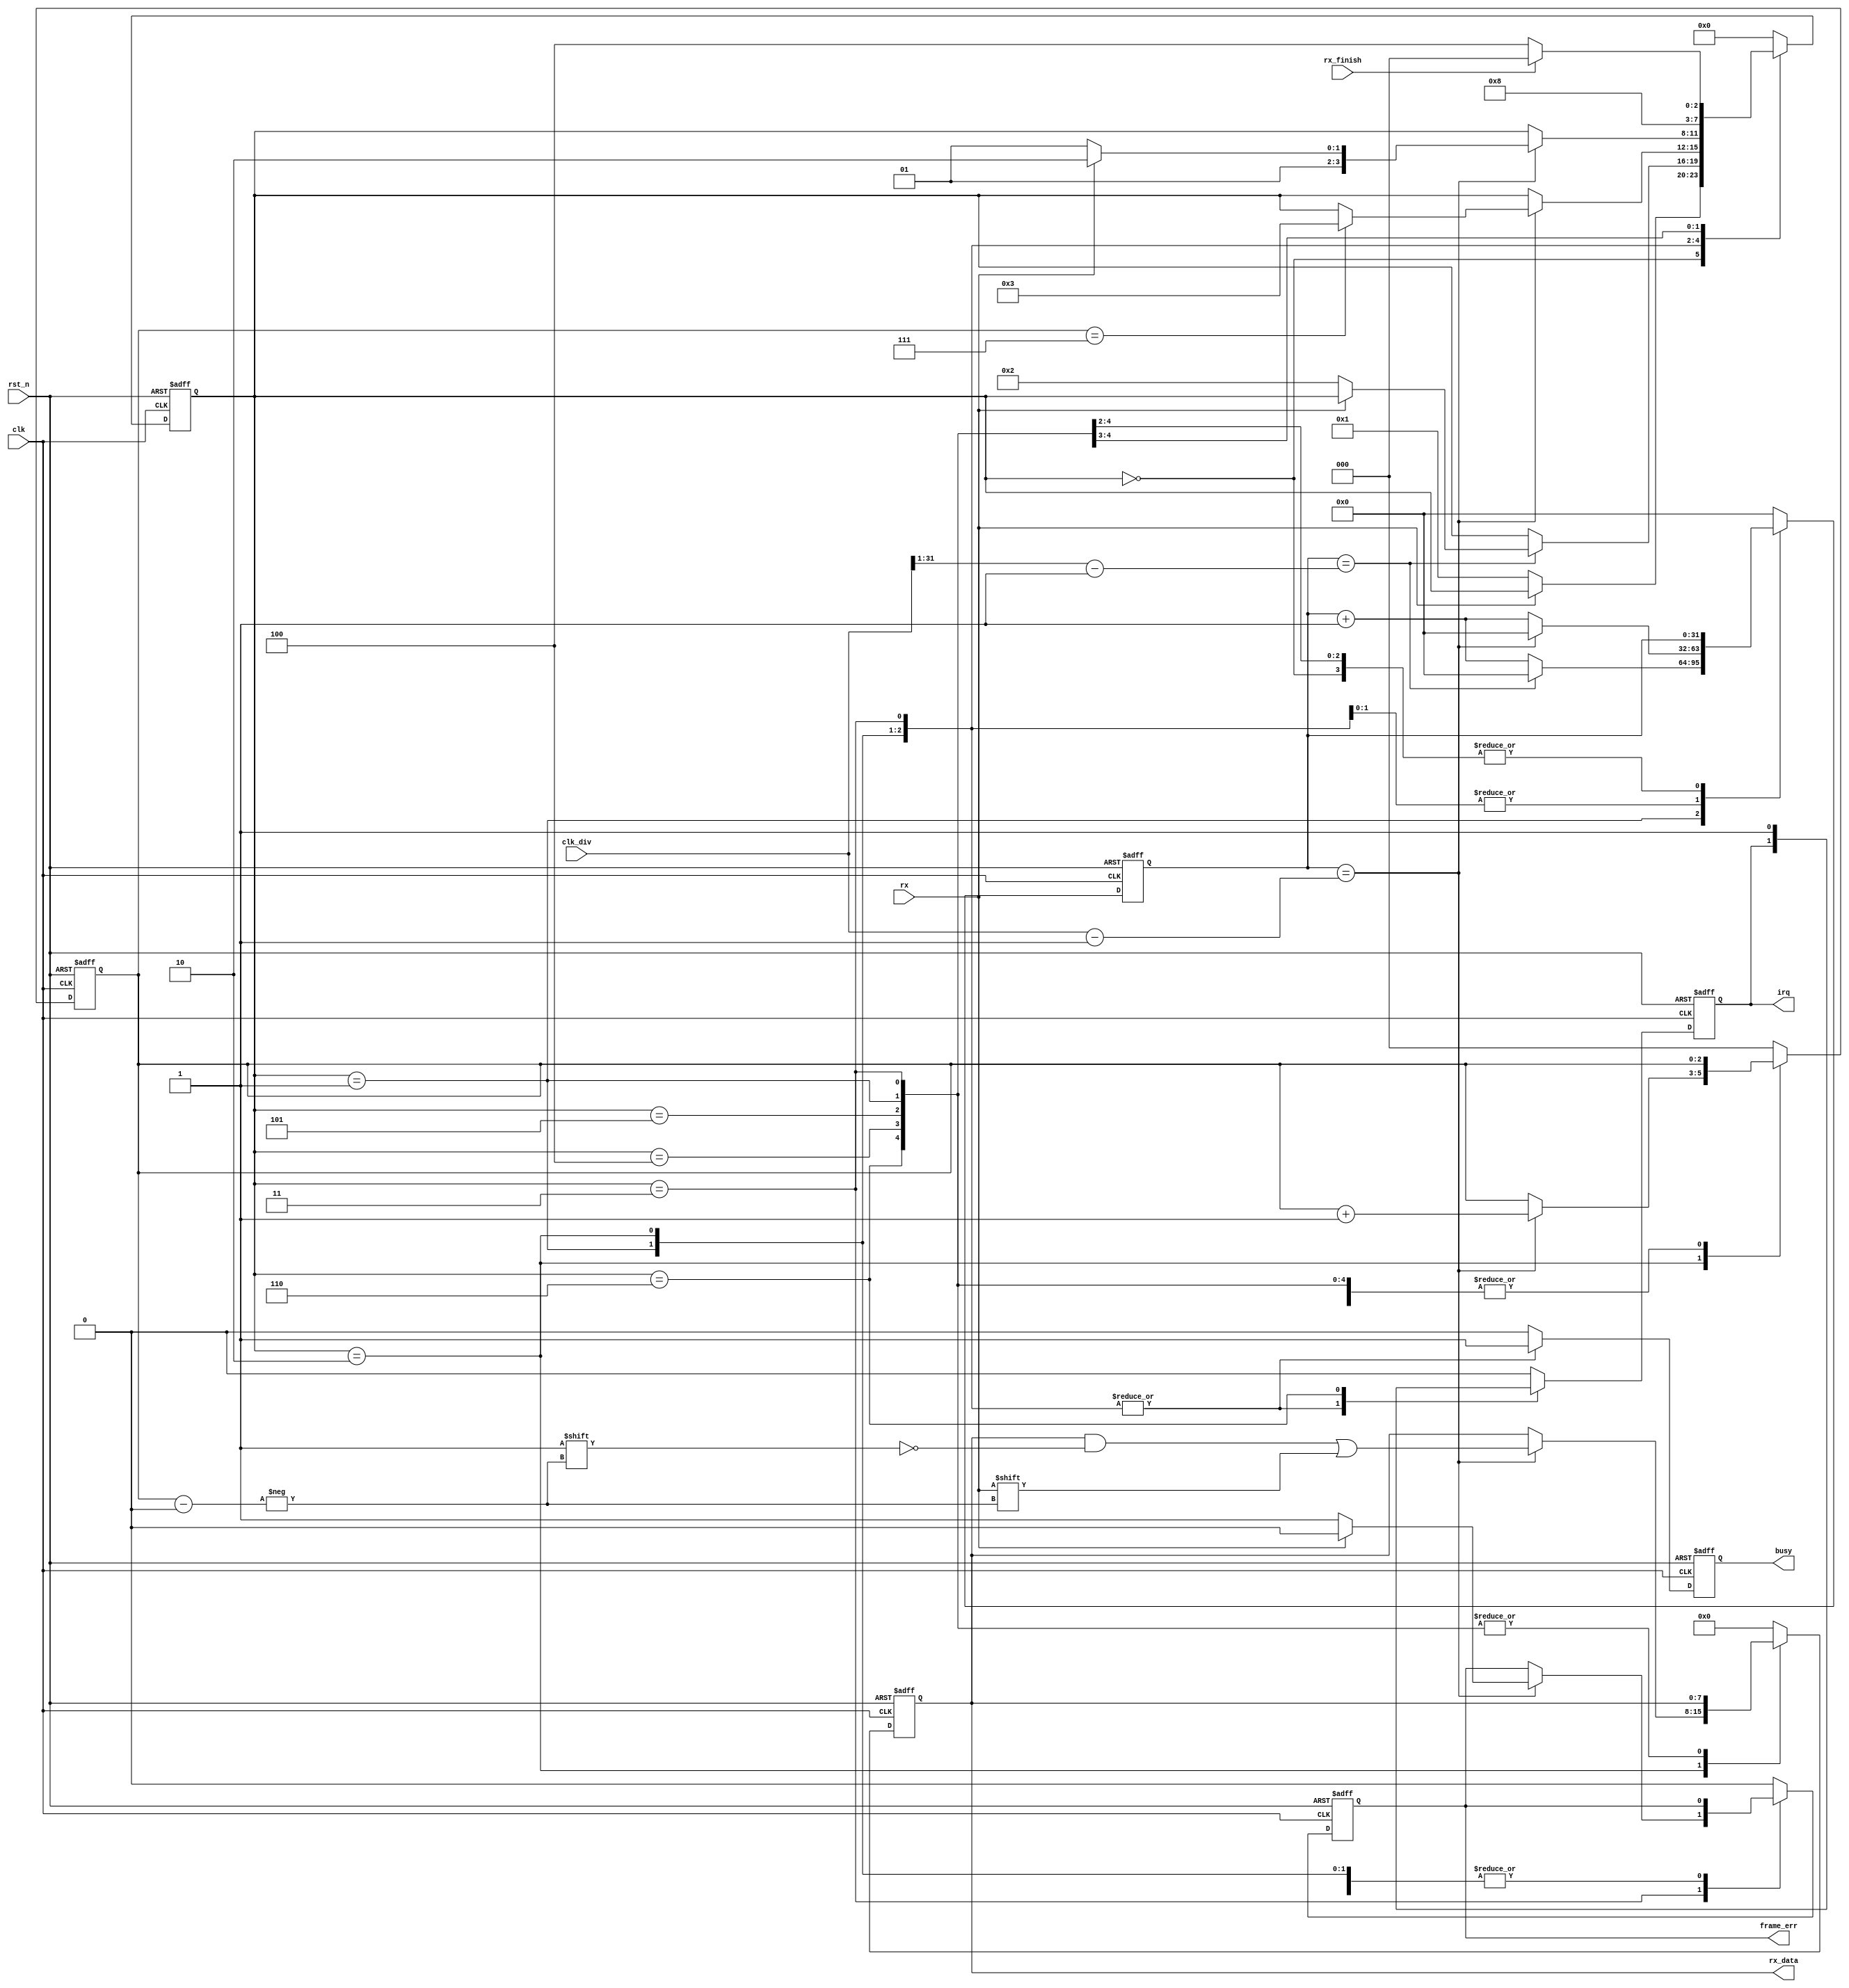
module uart_receive (
  input wire        rst_n,
  input wire        clk,
  input wire [31:0] clk_div,
  input wire        rx,
  output reg        irq,
  output reg [7:0]  rx_data,
  input wire        rx_finish,
  output reg        frame_err,
  output reg        busy
);

  parameter WAIT        = 4'b0000;
  parameter START_BIT   = 4'b0001;
  parameter GET_DATA    = 4'b0010;
  parameter STOP_BIT    = 4'b0011;
  parameter WAIT_READ   = 4'b0100;
  parameter FRAME_ERR   = 4'b0101;
  parameter IRQ         = 4'b0110;

  reg [3:0] state;

  reg [31:0] clk_cnt;

  reg [2:0] rx_index;

  always @(posedge clk or negedge rst_n) begin
    if(!rst_n) begin
      state     <= WAIT;
      clk_cnt   <= 32'h0000_0000;
      rx_index  <= 3'b000;
      irq       <= 1'b0;
      frame_err <= 1'b0;
      rx_data   <= 8'h0;
      busy      <= 1'b0;
    end else begin
      case(state)
        WAIT: begin
          irq <= 1'b0;
          frame_err <= 1'b0;
          busy <= 1'b0;
          rx_data <= 8'b0;
          if(rx == 1'b0) begin // Start bit detected
            state <= START_BIT;
          end
        end
        START_BIT: begin
          // Check middle of start bit to make sure it's still low
          if(clk_cnt == ((clk_div >> 1) - 1)) begin
            clk_cnt <= 32'h0000_0000;
            if(rx == 1'b0) begin
              state <= GET_DATA;
            end
          end else begin
            clk_cnt <= clk_cnt + 32'h0000_0001;
          end
          busy <= 1'b1;
        end
        GET_DATA: begin
          // Wait CLKS_PER_BIT-1 clock cycles to sample serial data
          if(clk_cnt == (clk_div - 1)) begin
            clk_cnt <= 32'h0000_0000;
            if(rx_index == 3'b111) begin
              state <= STOP_BIT;
            end
            rx_index <= rx_index + 3'b001;
            rx_data[rx_index] <= rx;
            //$display("rx data bit index:%d %b", rx_index, rx_data[rx_index]);
          end else begin
            clk_cnt <= clk_cnt + 32'h0000_0001;
          end
          busy <= 1'b1;
        end
        STOP_BIT: begin
          // Receive Stop bit.  Stop bit = 1
          if(clk_cnt == (clk_div - 1)) begin
            clk_cnt <= 32'h0000_0000;
        //===========================================================//
        // As recieving rx, user project needs to generate interrupt //
        // to make CPU jump to Interrupt Service Routine (ISR)       //
        //===========================================================//
            if(rx == 1'b1) begin
              state <= IRQ;//WAIT_READ;
              frame_err <= 1'b0;
            end else begin
              state <= FRAME_ERR;
              frame_err <= 1'b1;
            end
          end else begin
            clk_cnt <= clk_cnt + 32'h0000_0001;
          end
          busy <= 1'b1;
        end
        IRQ:begin
          irq <= 1'b1;
          state <= WAIT_READ;
          busy <= 1'b0;
        end
        WAIT_READ: begin
          irq <= 1'b0;
          busy <= 1'b0;
          if(rx_finish)
            state <= WAIT;
          else
            state <= WAIT_READ;
        end
        FRAME_ERR:begin
            state <= WAIT;
            irq <= 0;
            frame_err <= 0;
            busy <= 1'b0;
        end
        default: begin
          state     <= WAIT;
          clk_cnt   <= 32'h0000_0000;
          rx_index  <= 3'b000;
          irq       <= 1'b0;
          rx_data   <= 8'h0;
          frame_err <= 1'b0;
          busy      <= 1'b0;
        end
      endcase
    end
  end

endmodule